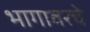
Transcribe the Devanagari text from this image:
भागावरचे